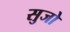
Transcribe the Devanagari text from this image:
सुजो